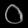
Digit: ၀